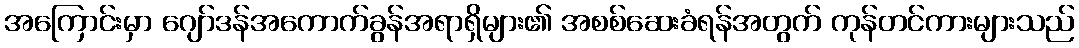
အကြောင်းမှာ ဂျော်ဒန်အကောက်ခွန်အရာရှိများ၏ အစစ်ဆေးခံရန်အတွက် ကုန်တင်ကားများသည်